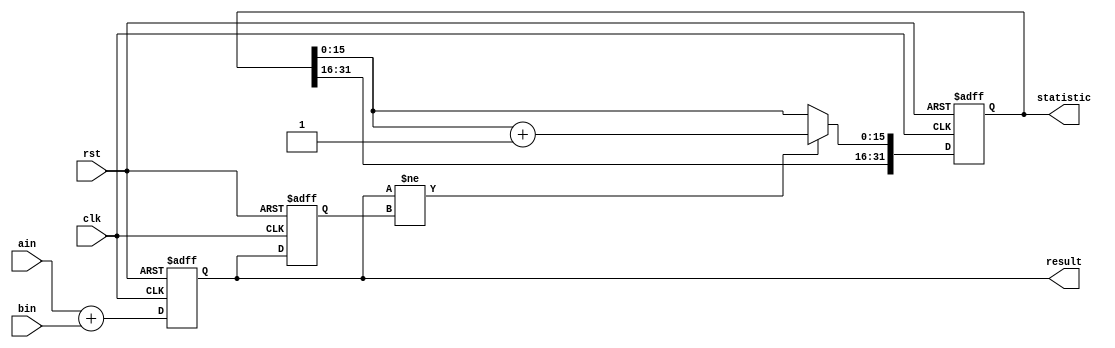
module adder
(
	input                     clk      ,
	input                     rst      ,
	input      [31:0]         ain      ,
	input      [31:0]         bin      ,
	output reg [31:0]         result   ,
	output reg [31:0]         statistic 
);

//-------------------------------------------------------------------
// Signal Declaration
//-------------------------------------------------------------------

	reg [31:0] result_last;

//-------------------------------------------------------------------
// Main Computation
//-------------------------------------------------------------------

	/* the result & result_last register */
	always @(posedge clk or posedge rst) begin
		if (rst) begin
			result      <= 32'h0;
			result_last <= 32'h0;
		end else begin
			result      <= ain + bin;
			result_last <= result;
		end
	end
	
	/* the statistic register */
	always @(posedge clk or posedge rst) begin
		if (rst) begin
			statistic[31:16] <= 16'hc001;
			statistic[15:0]  <= 16'h0;
		end else begin
			if ( result != result_last ) begin
				statistic[15:0] <= statistic[15:0] + 16'h1;
			end
		end
	end

endmodule